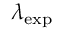
\lambda _ { \mathrm { e x p } }